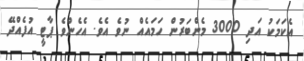
އެކަމަކު އަދި 3000 މެންބަރުން ހަމައެއް ނުވެ އެވެ. އެހެންވެ ޕާޓީ އުފެއްދޭ